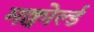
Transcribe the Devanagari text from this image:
मक्वोर्ल्ड